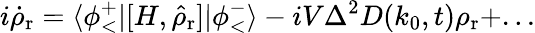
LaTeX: i{\dot{\rho}}_{\mathrm{r}}=\langle\phi_{<}^{+}\vert[H,{\hat{\rho}}_{\mathrm{r}}]\vert\phi_{<}^{-}\rangle-iV\Delta^{2}D(k_{0},t)\rho_{\mathrm{r}}+...